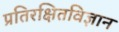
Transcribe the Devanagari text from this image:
प्रतिरक्षितविज्ञान